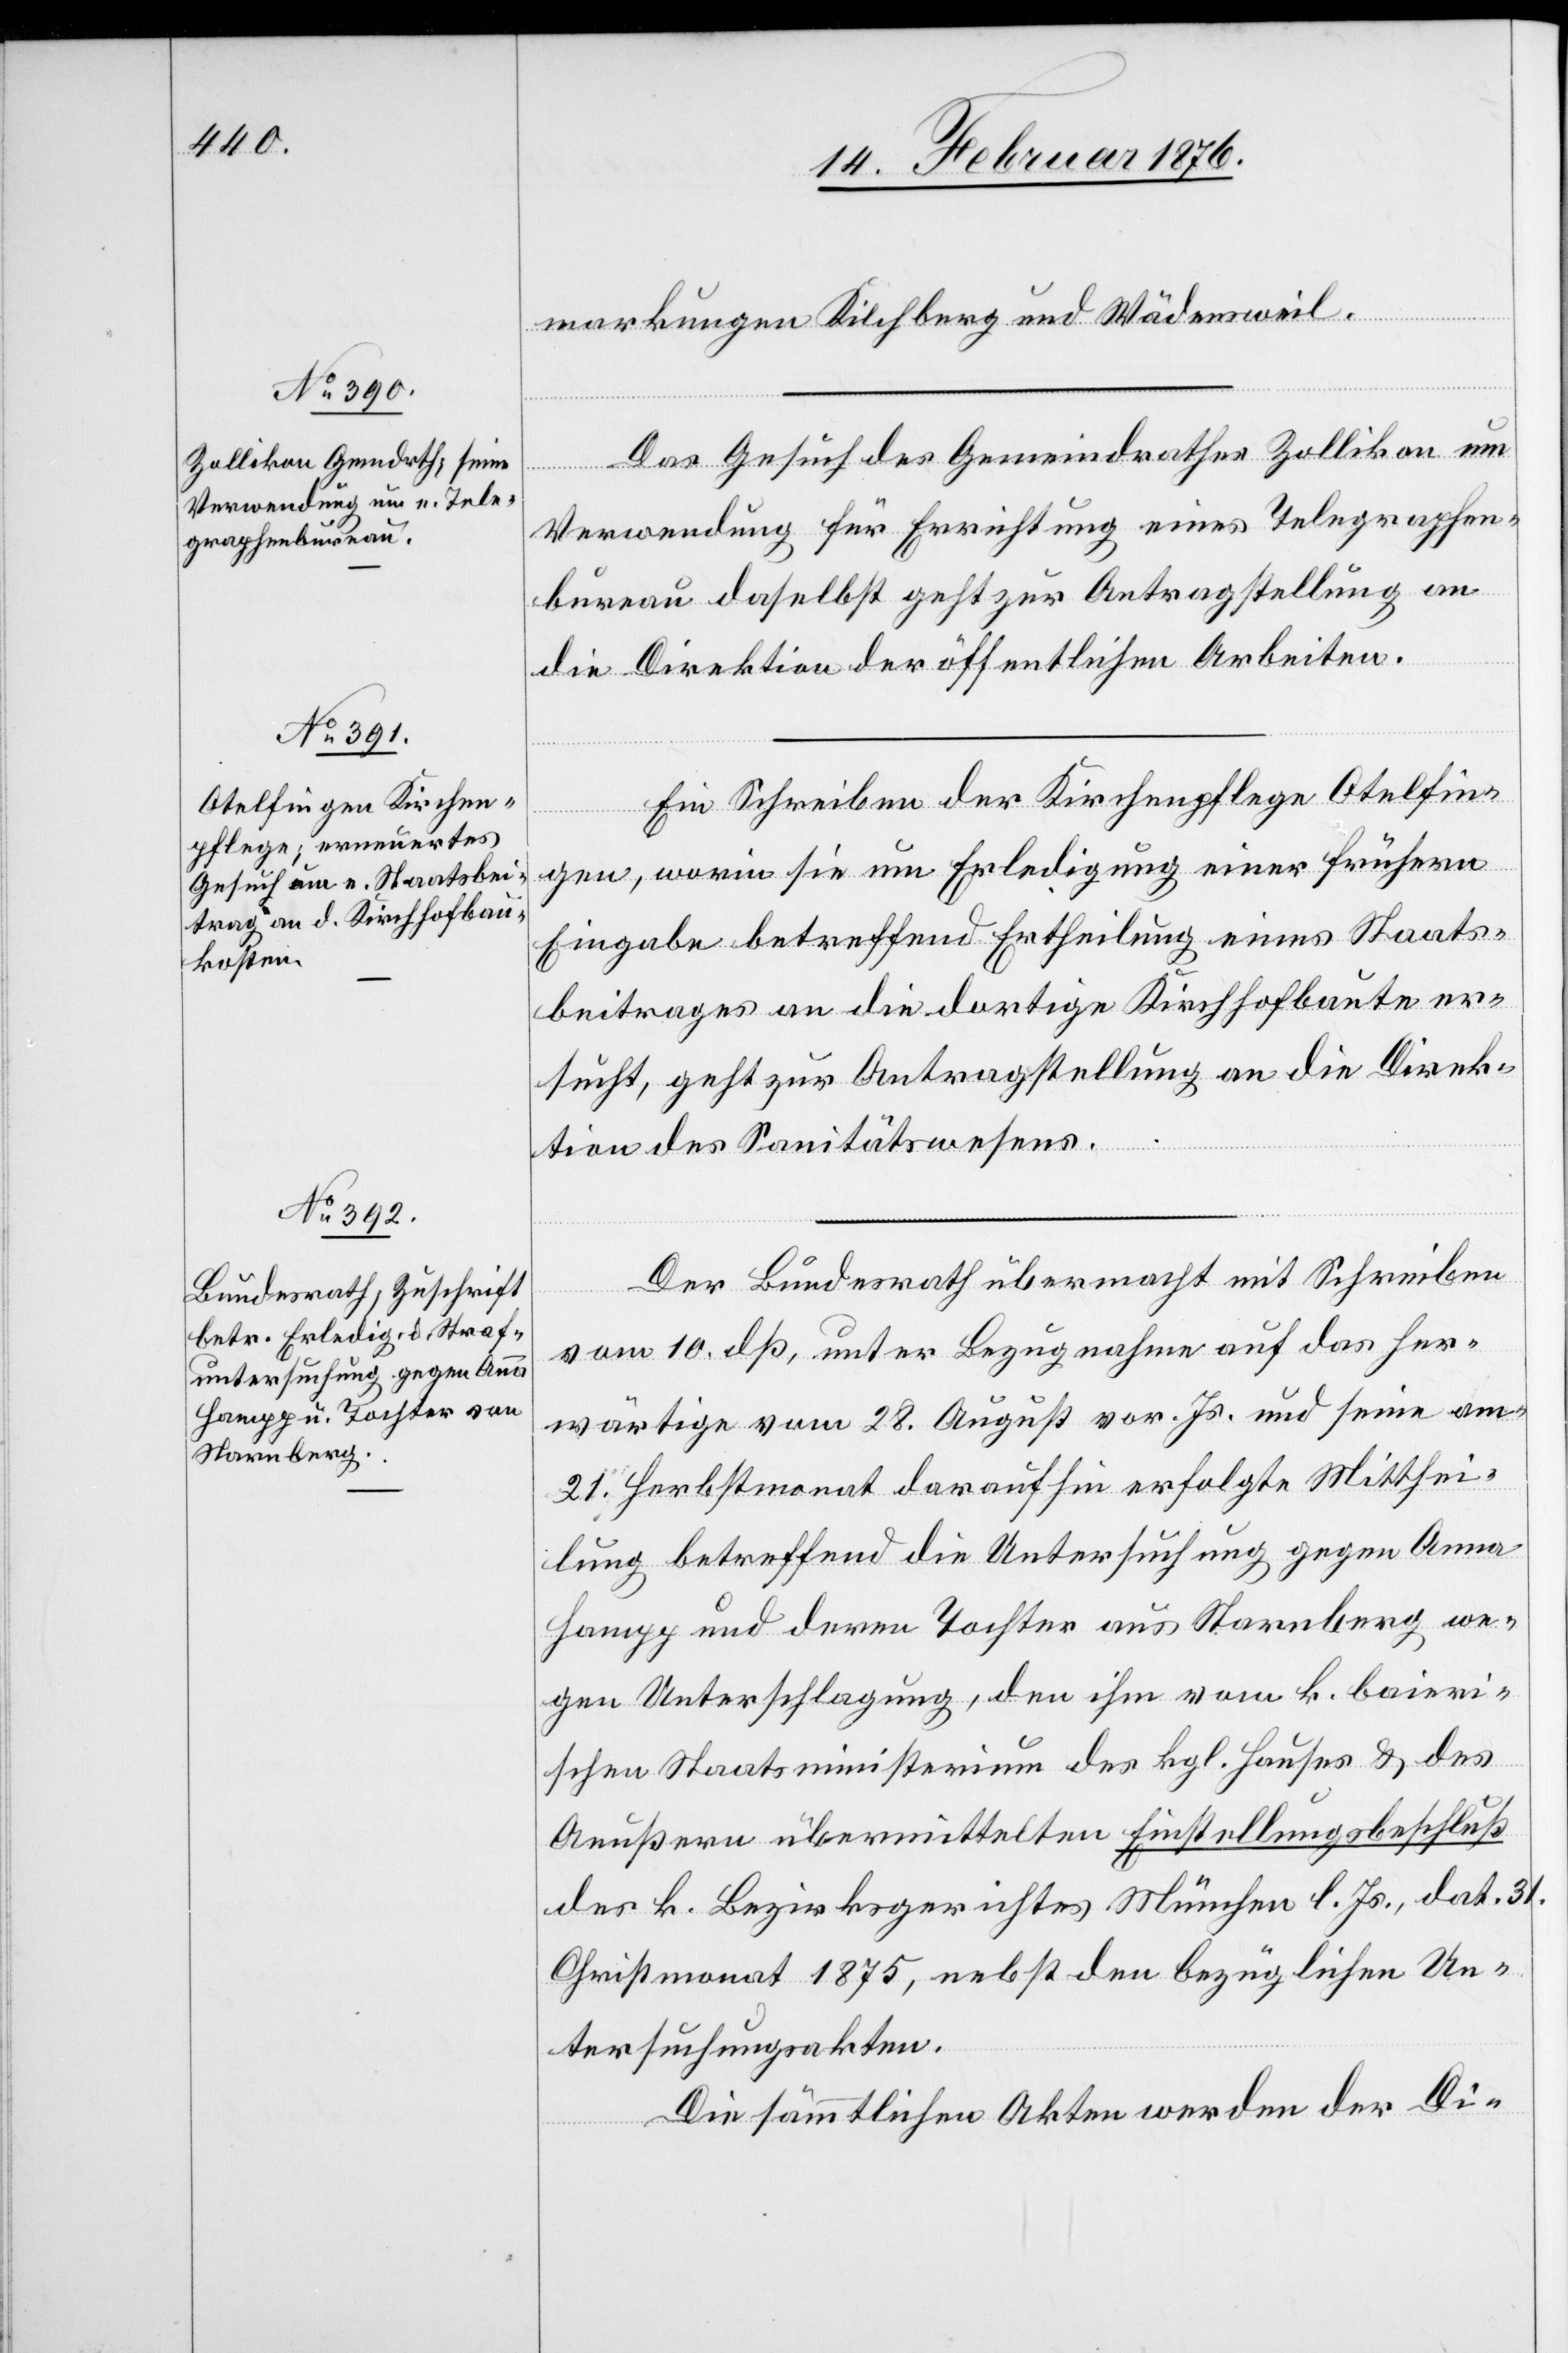
14. Februar 1876.]
markungen Kilchberg und Wädensweil.
Das Gesuch des Gemeindrathes Zollikon um
Verwendung für Errichtung eines Telegraphen¬
bureau daselbst geht zur Antragstellung an
die Direktion der öffentlichen Arbeiten.
Ein Schreiben der Kirchenpflege Otelfin¬
gen, worin sie um Erledigung einer frühern
Eingabe betreffend Ertheilung eines Staats¬
beitrages an die dortige Kirchhofbaute er¬
sucht, geht zur Antragstellung an die Direk¬
tion des Sanitätswesens.
Der Bundesrath übermacht mit Schreiben
vom 10. dß, unter Bezugnahme auf das Her¬
wärtige vom 28. August vor. Js. und seine am
21. Herbstmonat daraufhin erfolgte Mitthei¬
lung betreffend die Untersuchung gegen Anna
Hampp und deren Tocher aus Harnberg we¬
gen Unterschlagung, den ihm vom k. bairi¬
schen Staatsministerium des kgl. Hauses & des
Aeußern übermittelten Einstellungsbeschluß
der k. Bezirksgerichtes München l. Js., dat. 31.
Christmonat 1875, nebst den bezüglichen Un¬
tersuchungsakten.
Die sämtlichen Akten werden der Di-